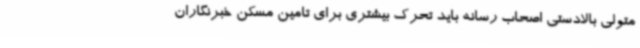
متولی بالادستی اصحاب رسانه باید تحرک بیشتری برای تامین مسکن خبرنگاران